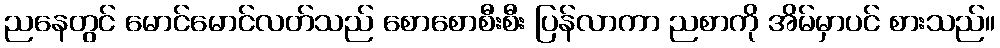
ညနေတွင် မောင်မောင်လတ်သည် စောစောစီးစီး ပြန်လာကာ ညစာကို အိမ်မှာပင် စားသည်။